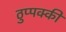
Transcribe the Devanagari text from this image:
ठुप्पक्की